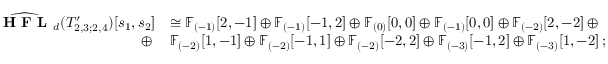
\begin{array} { r l } { \widehat { \textbf { H F L } } _ { d } ( T _ { 2 , 3 ; 2 , 4 } ^ { \prime } ) [ s _ { 1 } , s _ { 2 } ] } & { \cong \mathbb { F } _ { ( - 1 ) } [ 2 , - 1 ] \oplus \mathbb { F } _ { ( - 1 ) } [ - 1 , 2 ] \oplus \mathbb { F } _ { ( 0 ) } [ 0 , 0 ] \oplus \mathbb { F } _ { ( - 1 ) } [ 0 , 0 ] \oplus \mathbb { F } _ { ( - 2 ) } [ 2 , - 2 ] \: \oplus } \\ { \oplus \: } & { \mathbb { F } _ { ( - 2 ) } [ 1 , - 1 ] \oplus \mathbb { F } _ { ( - 2 ) } [ - 1 , 1 ] \oplus \mathbb { F } _ { ( - 2 ) } [ - 2 , 2 ] \oplus \mathbb { F } _ { ( - 3 ) } [ - 1 , 2 ] \oplus \mathbb { F } _ { ( - 3 ) } [ 1 , - 2 ] \: ; } \end{array}